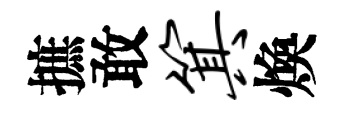
摭敢箕煥